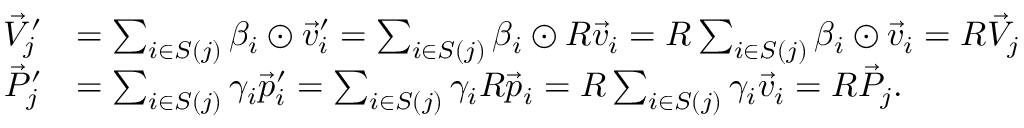
\begin{array} { r l } { \vec { V } _ { j } ^ { \prime } } & { = \sum _ { i \in S ( j ) } \beta _ { i } \odot \vec { v } _ { i } ^ { \prime } = \sum _ { i \in S ( j ) } \beta _ { i } \odot R \vec { v } _ { i } = R \sum _ { i \in S ( j ) } \beta _ { i } \odot \vec { v } _ { i } = R \vec { V } _ { j } } \\ { \vec { P } _ { j } ^ { \prime } } & { = \sum _ { i \in S ( j ) } \gamma _ { i } \vec { p } _ { i } ^ { \prime } = \sum _ { i \in S ( j ) } \gamma _ { i } R \vec { p } _ { i } = R \sum _ { i \in S ( j ) } \gamma _ { i } \vec { v } _ { i } = R \vec { P } _ { j } . } \end{array}